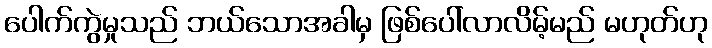
ပေါက်ကွဲမှုသည် ဘယ်သောအခါမှ ဖြစ်ပေါ်လာလိမ့်မည် မဟုတ်ဟု